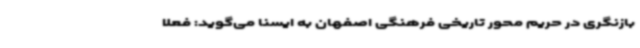
بازنگری در حریم محور تاریخی فرهنگی اصفهان به ایسنا می‌گوید: فعلاً